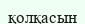
қолқасын